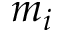
m _ { i }